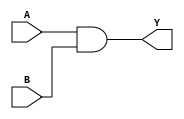
module AND_gate(output Y, input A, B);
  and(Y, A, B);
endmodule